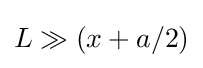
L\gg (x+a/2)